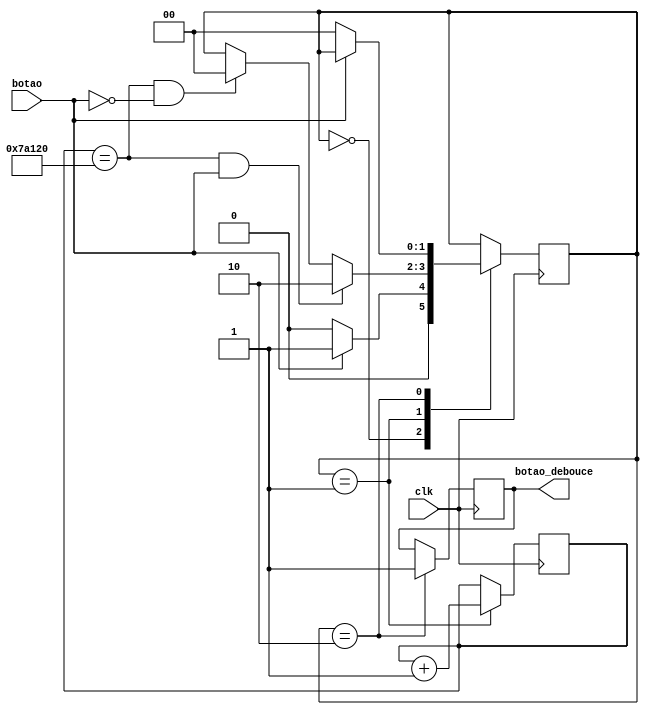
module deboucing(clk, botao, botao_debouce);

	input clk;
	input botao;
	output reg botao_debouce;
	
	reg[1:0]state;
	reg[18:0]cont;
	
	parameter [1:0]wait_for_it=2'b00, contando=2'b01, botao_valido=2'b10;
	
	initial begin
		cont<=19'b0000000000000000000;
		state <= 2'b00;
		botao_debouce <= 1'b0;
	end
	
	always@(posedge clk)begin
		case(state)
		wait_for_it:
			begin
				if(botao==1) state <= contando;
				else state <= wait_for_it;
			end
		contando:
			begin
				cont <= cont + 1;
				if(cont==19'b1111010000100100000 && botao) state <= botao_valido;
				else if(cont==19'b1111010000100100000 && !botao) state <= wait_for_it;
			end
		botao_valido:
			begin
				botao_debouce <=1;
				if(botao==0) state <= wait_for_it;
			end
		endcase
	end


endmodule